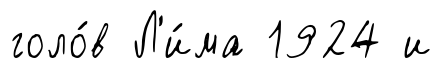
голо́в Л'и́ма 1924 и